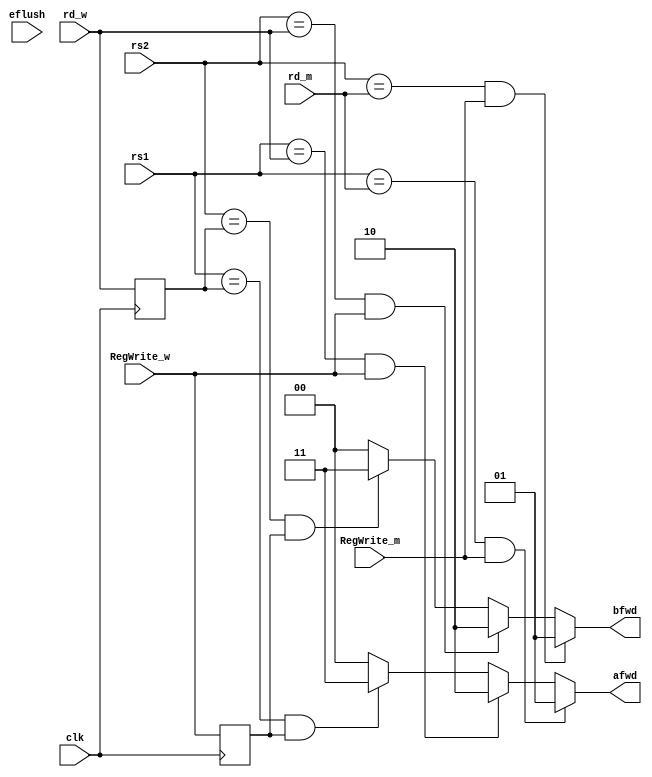
`timescale 1ns / 1ps
//////////////////////////////////////////////////////////////////////////////////
// Company: 
// Engineer: 
// 
// Design Name: 
// Module Name: ForwardingUnit
// Project Name: 
// Target Devices: 
// Tool Versions: 
// Description: 
// 
// Dependencies: 
// 
// Revision:
// Revision 0.01 - File Created
// Additional Comments:
// 
//////////////////////////////////////////////////////////////////////////////////


module ForwardingUnit(
    input clk,
    input   [4:0]       rs1         ,
    input   [4:0]       rs2         ,
    input   [4:0]       rd_m        ,
    input   [4:0]       rd_w        ,

    input               RegWrite_m  ,
    input               RegWrite_w  ,
    
    output reg [1:0]    afwd        ,
    output reg [1:0]    bfwd        ,
    input               eflush      
    );
    reg RegWrite_n;
    reg [4:0] rd_n;

    always @(posedge clk ) begin
        RegWrite_n<=RegWrite_w;
        rd_n<=rd_w;
    end

    always @(*) begin
            if(rs1==rd_m && RegWrite_m) begin
            afwd=2'b1;
            end
            else begin
            if(rs1==rd_w && RegWrite_w ) begin
                afwd=2'b10;
            end
            else begin
                if(rs1==rd_n && RegWrite_n )begin
                    afwd=2'b11;
                end
                else afwd=2'b0;
            end
            end
            if(rs2==rd_m && RegWrite_m) begin
            bfwd=2'b1;
            end
            else begin
            if(rs2==rd_w && RegWrite_w ) begin
                bfwd=2'b10;
            end
            else begin
                if(rs2==rd_n && RegWrite_n )begin
                    bfwd=2'b11;
                end
                else bfwd=2'b0;                
            end   
            end
    end
endmodule